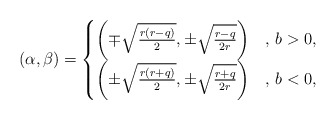
\begin{align*} (\alpha,\beta)=\begin{cases} \left(\mp\sqrt{\frac{r(r-q)}{2}},\pm\sqrt{\frac{r-q}{2r}}\right) &,\,b>0, \\ \left(\pm\sqrt{\frac{r(r+q)}{2}},\pm\sqrt{\frac{r+q}{2r}}\right) &,\,b<0, \end{cases} \end{align*}